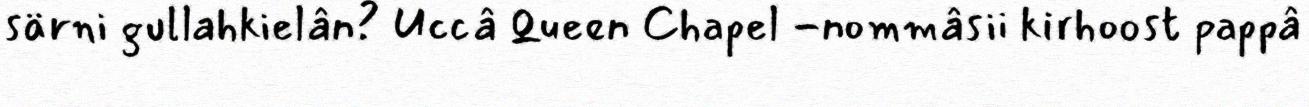
särni gullahkielân? Uccâ Queen Chapel -nommâsii kirhoost pappâ